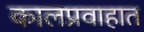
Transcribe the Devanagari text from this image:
कालप्रवाहात